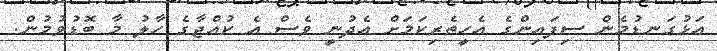
އަޅުގަނޑުމެން ސިފައިންގެ އެހީތެރިކަމަށް އެދުނީ ވެސް އެ ކުއްޖާގެ ހާލު މާ ބޮޑުވުމުން.